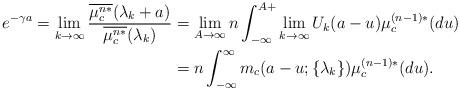
LaTeX: \begin{align*}e^{-\gamma a}=\lim_{k\to\infty}\frac{\overline{\mu_c^{n*}}(\lambda_k+a)}{\overline{\mu_c^{n*}}(\lambda_k)} &= \lim_{A \to \infty}n \int_{-\infty}^{A+}\lim_{k\to\infty}U_k(a-u)\mu_c^{(n-1)*}(du)\\ &=n \int_{-\infty}^{\infty}m_c(a-u;\{\lambda_k\} )\mu_c^{(n-1)*}(du).\end{align*}